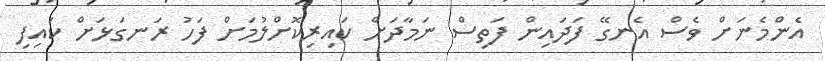
އެންމެނަށް ވެސް އެނގޭ ފަދައިން ފަތިސް ނަމާދަށް ކައިރިކޮށްލުމަށް ފަހު ރަނގަޅަށް ކައިފި